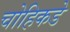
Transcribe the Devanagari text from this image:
चोहिकडे